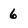
Character: 6